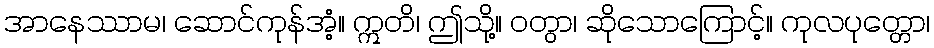
အာနေဿာမ၊ ဆောင်ကုန်အံ့။ ဣတိ၊ ဤသို့။ ဝတွာ၊ ဆိုသောကြောင့်။ ကုလပုတ္တော၊